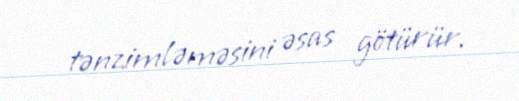
tənzimləməsini əsas götürür.